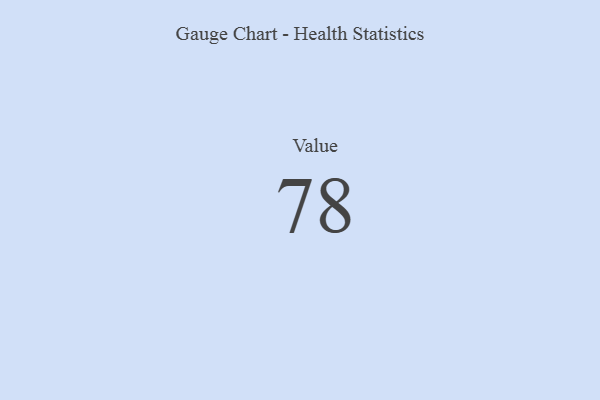
{"axis": {"x": "Metric", "y": "Value"}, "legend": [""], "data": [{"x": "Value", "y": 78, "type": ""}]}